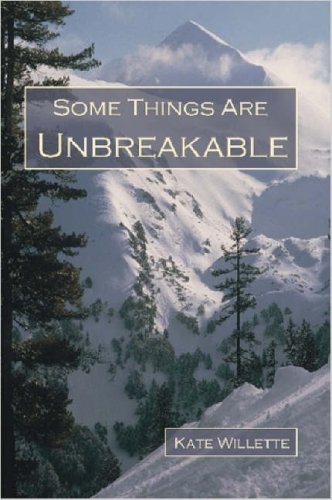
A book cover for Some Things Are Unbreakable; Kate Willette; Health, Fitness & Dieting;